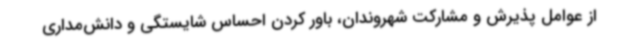
از عوامل پذیرش و مشارکت شهروندان، باور کردن احساس شایستگی و دانش‌مداری